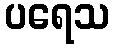
ပရေသ